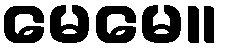
မေမေ။